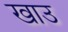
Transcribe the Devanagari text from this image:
खाउ